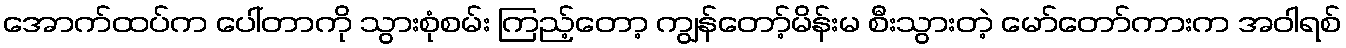
အောက်ထပ်က ပေါ်တာကို သွားစုံစမ်း ကြည့်တော့ ကျွန်တော့်မိန်းမ စီးသွားတဲ့ မော်တော်ကားက အဝါရစ်